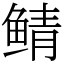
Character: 鲭